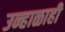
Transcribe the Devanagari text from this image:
उन्हाळाही